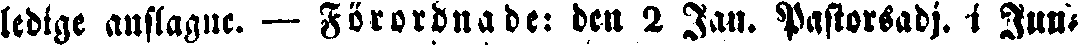
ledige anslagne. — Förordnade: den 2 Jan. Pastorsadj. i Jun,